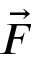
\vec { F }